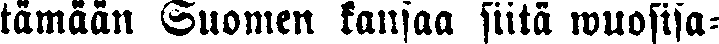
tämään Suomen kansaa siitä wuosisa-